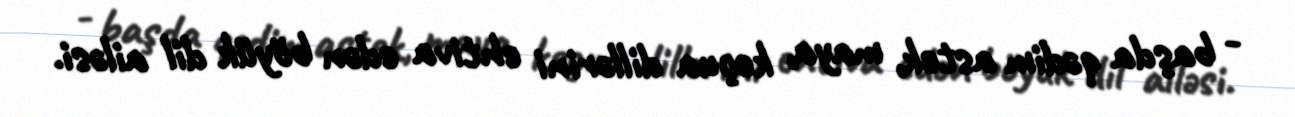
- başda qədim astek, maya, keçua dillərini ehtiva edən böyük dil ailəsi.